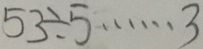
5 3 \div 5 \cdots 3